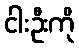
ငါးဦးကို